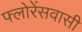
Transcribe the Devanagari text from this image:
फ्लोरेंसवासी